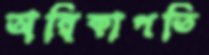
অম্বিকাপতি